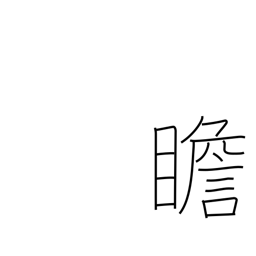
Meaning: look at